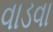
વાડવા